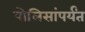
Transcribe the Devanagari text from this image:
पोलिसांपर्यंत